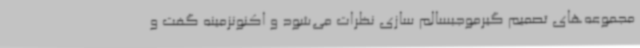
مجموعه‌های تصمیم گیرموجبسالم سازی نظرات می‌شود و اکنونزمینه گفت و